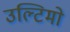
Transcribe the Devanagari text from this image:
उल्टिमो